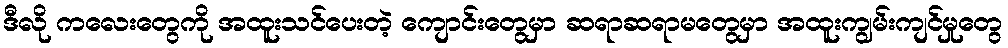
ဒီလို ကလေးတွေကို အထူးသင်ပေးတဲ့ ကျောင်းတွေမှာ ဆရာဆရာမတွေမှာ အထူးကျွမ်းကျင်မှုတွေ